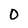
Character: 0